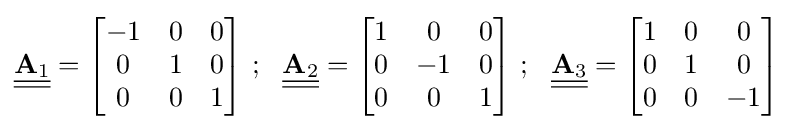
{\underline {\underline {\mathbf {A} _{1}}}}={\begin{bmatrix}-1&0&0\\0&1&0\\0&0&1\end{bmatrix}}~;~~{\underline {\underline {\mathbf {A} _{2}}}}={\begin{bmatrix}1&0&0\\0&-1&0\\0&0&1\end{bmatrix}}~;~~{\underline {\underline {\mathbf {A} _{3}}}}={\begin{bmatrix}1&0&0\\0&1&0\\0&0&-1\end{bmatrix}}